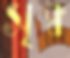
সৃক্ব